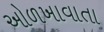
ઓળખાવાતા